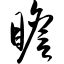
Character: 瞻